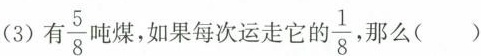
(3) 有\frac{5}{8} 吨煤，如果每次运走它的 \frac{1}{8} 那么()